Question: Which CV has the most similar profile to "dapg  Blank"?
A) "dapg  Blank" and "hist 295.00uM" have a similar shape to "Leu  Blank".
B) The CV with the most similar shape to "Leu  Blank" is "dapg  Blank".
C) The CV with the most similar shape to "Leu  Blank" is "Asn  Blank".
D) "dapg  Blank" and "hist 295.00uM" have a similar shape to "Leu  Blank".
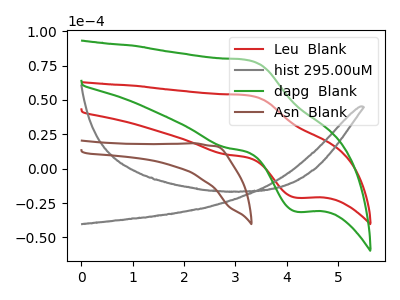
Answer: <think>The red curve "Leu  Blank" has an anodic peak at (3.25V, 53.25uA) and a cathodic peak at (4.20V, -21.15uA). The gray curve "hist 295.00uM" has no peaks. The green curve "dapg  Blank" has an anodic peak at (3.25V, 78.85uA) and a cathodic peak at (4.20V, -31.35uA). The brown curve "Asn  Blank" has no peaks.
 "Leu  Blank" and "hist 295.00uM" have a different number of peaks. All the peaks in "Leu  Blank" have a peak in "dapg  Blank" at the same potential. Every peak in "Leu  Blank" is lower than every peak in "dapg  Blank". "Leu  Blank" and "Asn  Blank" have a different number of peaks. "hist 295.00uM" and "dapg  Blank" have a different number of peaks. Neither "hist 295.00uM" or "Asn  Blank" have any peaks. "dapg  Blank" and "Asn  Blank" have a different number of peaks.</think>
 <answer>B) The CV with the most similar shape to "Leu  Blank" is "dapg  Blank".</answer>
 <eval>B</eval>